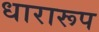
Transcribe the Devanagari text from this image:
धारारूप